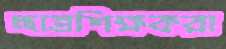
ছাত্রশিক্ষকরা